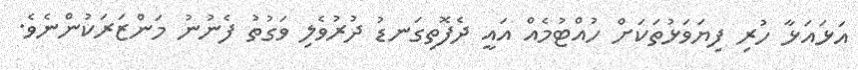
އަޅައަޅާ ހުރި ފިޔަވަޅުތަކަށް ހުއްޓުމެއް އައީ ދެފޮތިގަނޑު ދުރުވެލި ވަގުތު ފެނުނު މަންޒަރަކުންނެވެ.